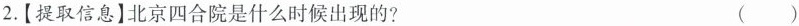
2.[提取信息】北京四合院是什么时候出现的? ( )